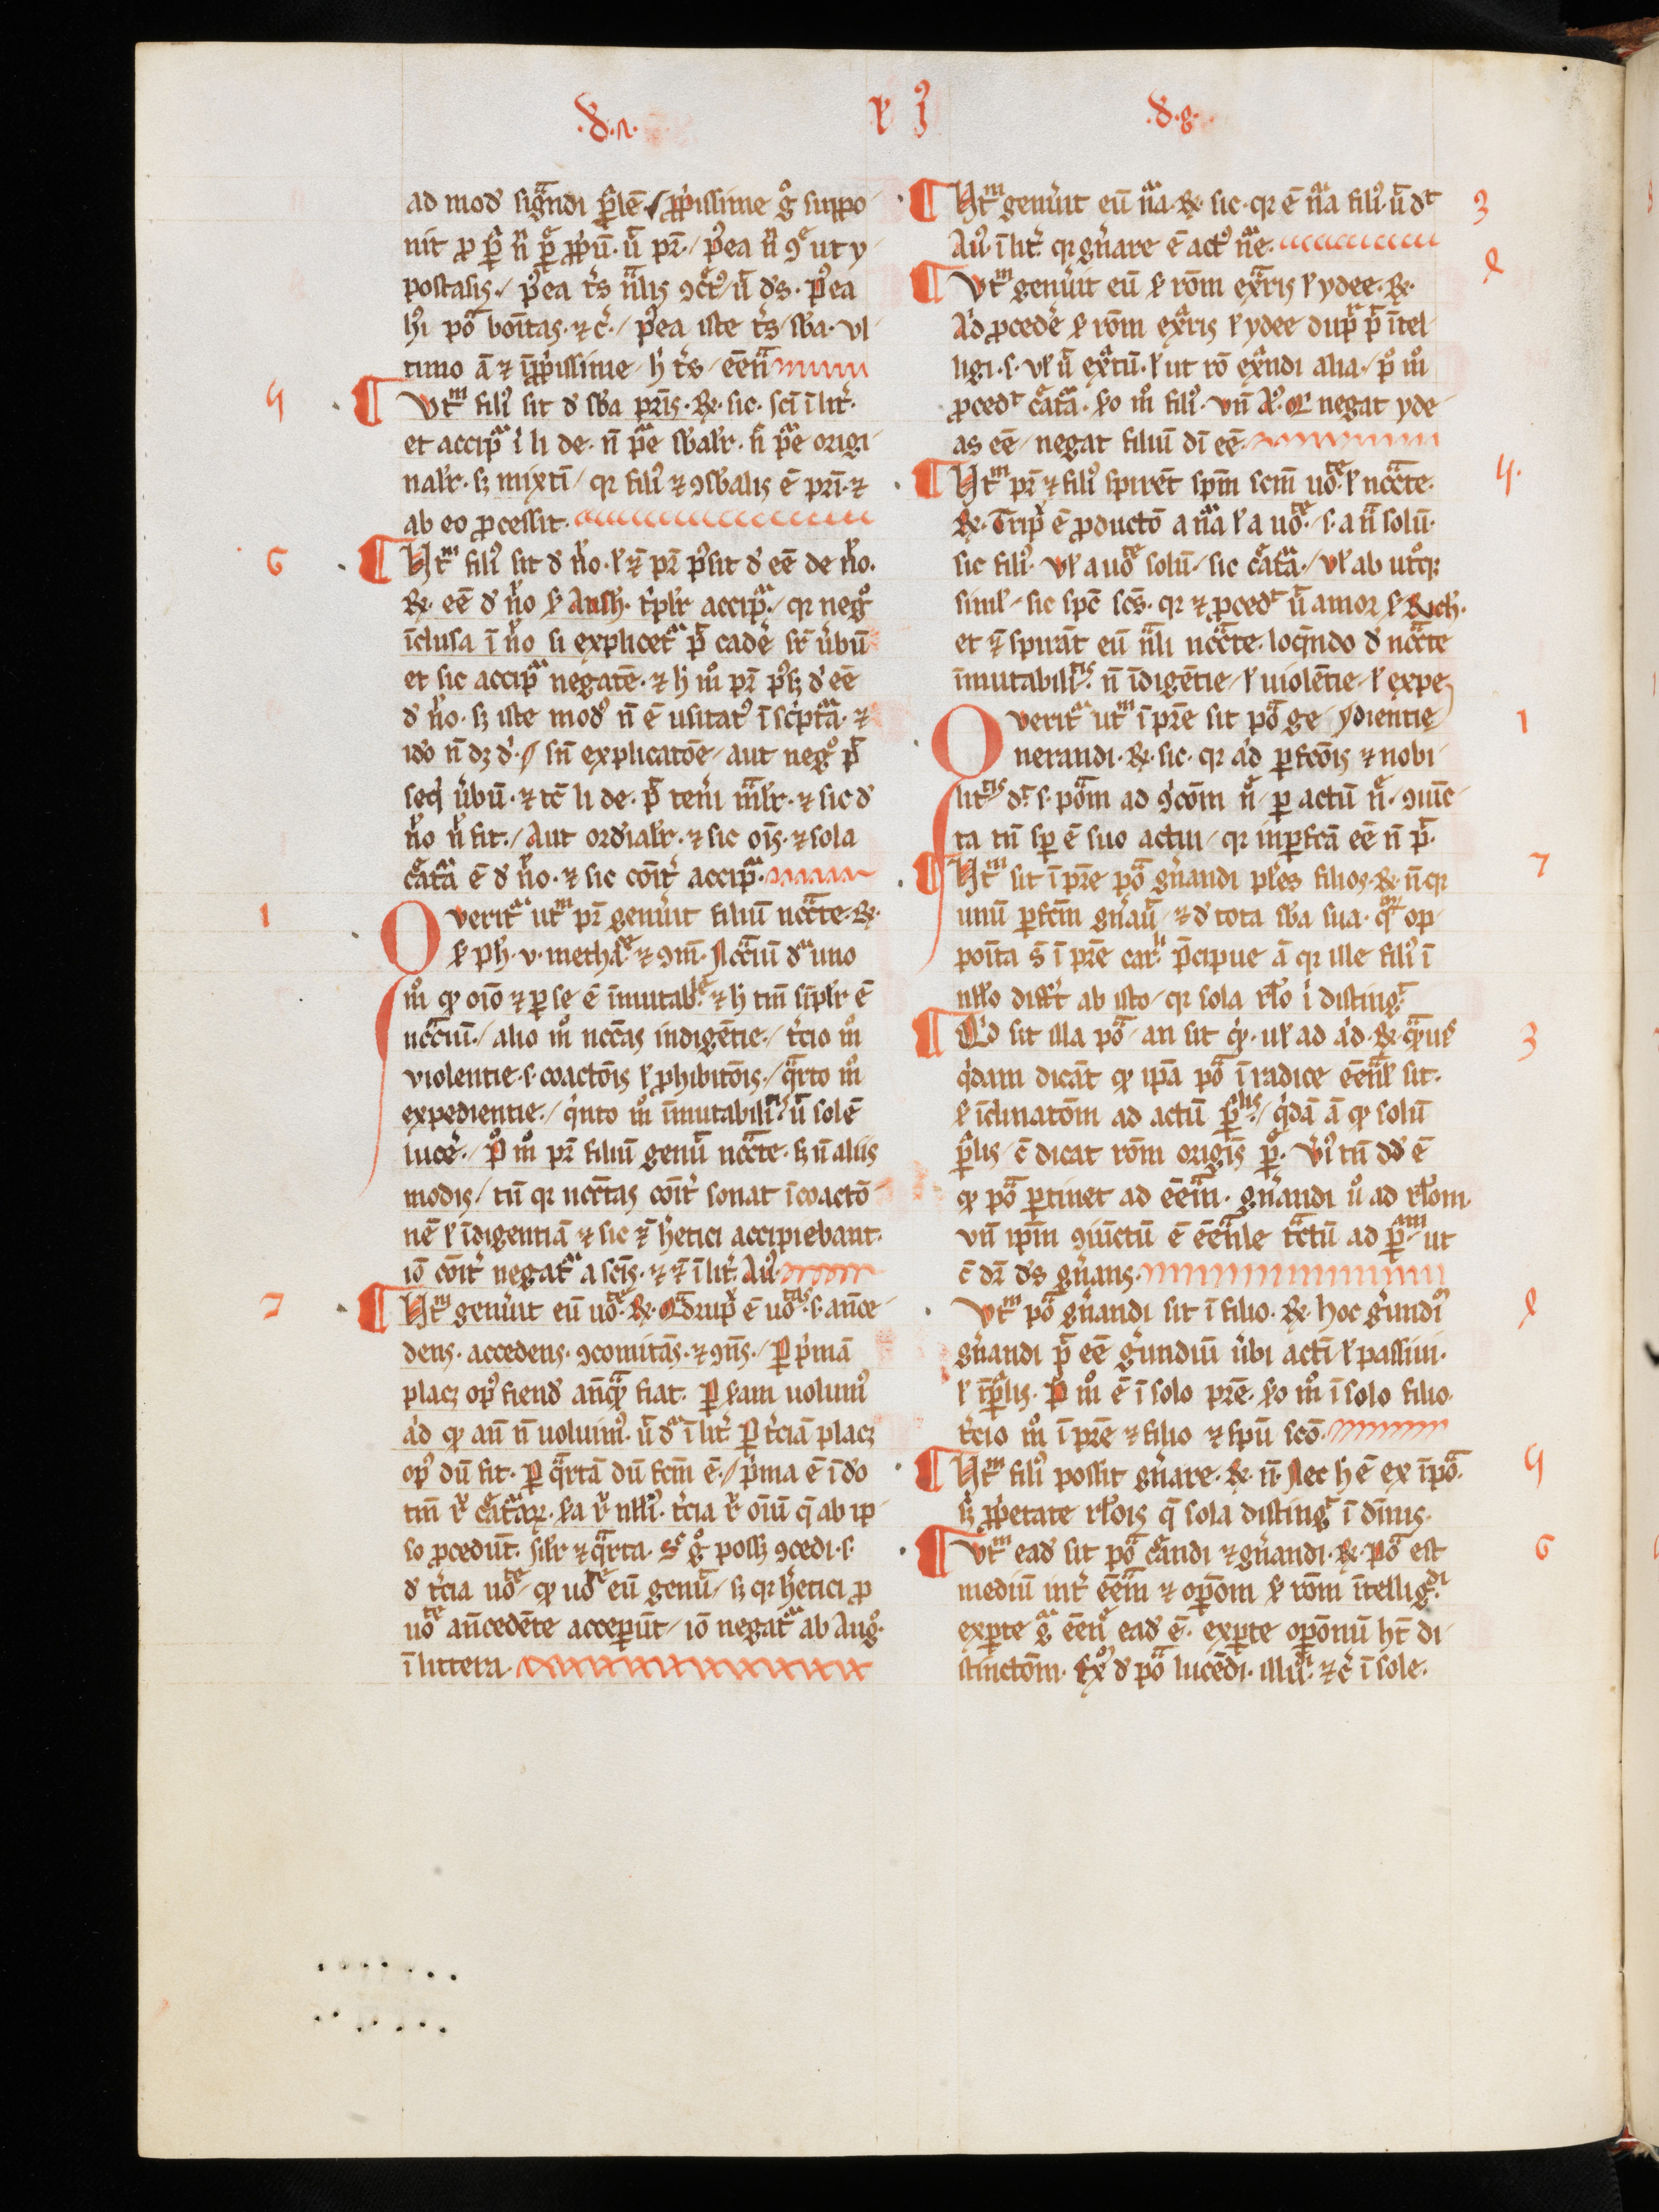
Shelfmark: Aarau, Aargauer Kantonsbibliothek, MsWettF 15
Century: 13